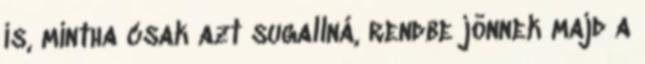
is, mintha csak azt sugallná, rendbe jönnek majd a